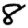
Digit: 8